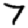
Digit: 7